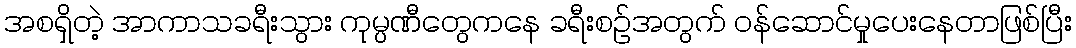
အစရှိတဲ့ အာကာသခရီးသွား ကုမ္ပဏီတွေကနေ ခရီးစဉ်အတွက် ဝန်ဆောင်မှုပေးနေတာဖြစ်ပြီး